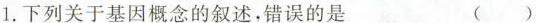
1.下列关于基因概念的叙述，错误的是 ()